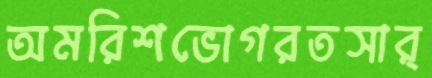
অমরিশভোগরতসার্